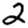
Digit: 2